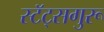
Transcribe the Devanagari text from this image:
स्टॅट्सगुरू